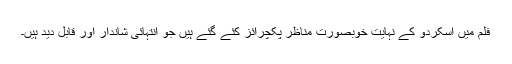
فلم میں اسکردو کے نہایت خوبصورت مناظر پکچرائز کئے گئے ہیں جو انتہائی شاندار اور قابل دید ہیں۔